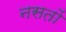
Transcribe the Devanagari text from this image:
नसतों